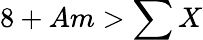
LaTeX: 8+Am>\sum X